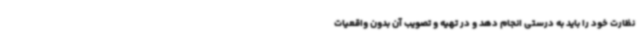
نظارت خود را باید به درستی انجام دهد و در تهیه و تصویب آن بدون واقعیات